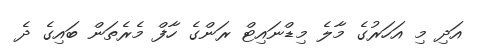
އަދި މި އަހަރުގެ މާލެ މިޑްނައިޓް ރަންގެ ހާފް މެރެތަން ބައިގެ ދެ